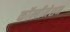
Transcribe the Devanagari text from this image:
कॉम्बीनेशन